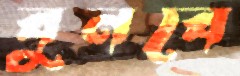
বুনবে